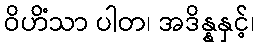
ဝိဟိံသာ ပါတ၊ အဒိန္နနှင့်၊